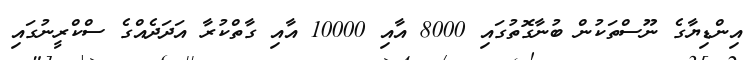
އިންޑިޔާގެ ނޫސްތަކުން ބުނާގޮތުގައި 8000 އާއި 10000 އާއި ގާތްކުރާ އަދަދެއްގެ ސްކްރީނުގައި